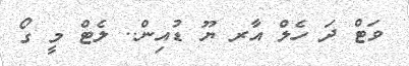
ވަޓް ދަ ހެލް އާރ ޔޫ ޑުއިން.. ލެޓް މީ ގޯ